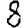
Digit: 8